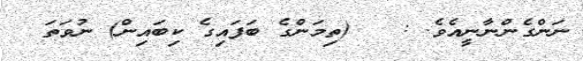
ނަންގެންނާނީއެވެ. :   (ތިމަންގެ ބަފައިގެ ކިބައިން) ނުވަތަ